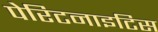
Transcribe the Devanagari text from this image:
पेरिटनाइटिस